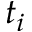
t _ { i }